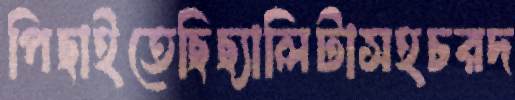
পিছাইতেছিছ্যালিটাসহচরদ